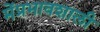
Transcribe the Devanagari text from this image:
मेंप्रभावशाली